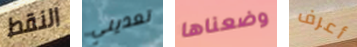
النقط تعديني وضعناها أعرف